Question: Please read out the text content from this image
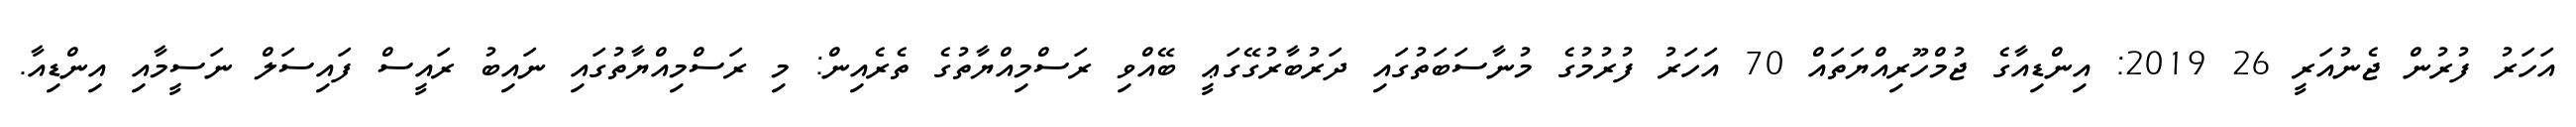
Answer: އަހަރު ފުރުން ޖެނުއަރީ 26 2019: އިންޑިއާގެ ޖުމްހޫރިއްޔަތައް 70 އަހަރު ފުރުމުގެ މުނާސަބަތުގައި ދަރުބާރުގޭގަޢީ ބޭއްވި ރަސްމިއްޔާތުގެ ތެރެއިން: މި ރަސްމިއްޔާތުގައި ނައިބު ރައީސް ފައިސަލް ނަސީމާއި އިންޑިއާ.